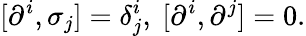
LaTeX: [\partial^{i},\sigma_{j}]=\delta_{j}^{i},~[\partial^{i},\partial^{j}]=0.